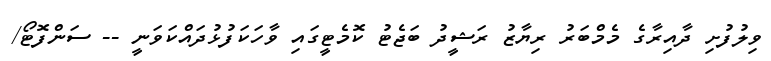
ވިލުފުށި ދާއިރާގެ މެމްބަރު ރިޔާޒު ރަޝީދު ބަޖެޓު ކޮމެޓީގައި ވާހަކަފުޅުދައްކަވަނީ -- ސަންފޮޓޯ/